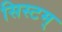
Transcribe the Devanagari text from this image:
सिस्टम्